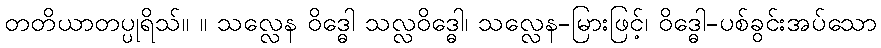
တတိယာတပ္ပုရိသ်။ ။ သလ္လေန ဝိဒ္ဓေါ သလ္လဝိဒ္ဓေါ၊ သလ္လေန-မြားဖြင့်၊ ဝိဒ္ဓေါ-ပစ်ခွင်းအပ်သော